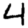
Digit: 4